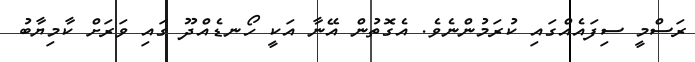
ރަސްމީ ސިފައެއްގައި ކުރަމުންނެވެ. އެގޮތުން އޭނާ އަކީ ހޯނޑެއްދޫ ގައި ވަރަށް ކާމިޔާބު